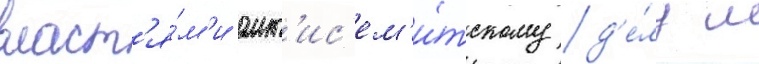
власт'я́м'и ант'ис'ем'и́тскому д'е́лу м